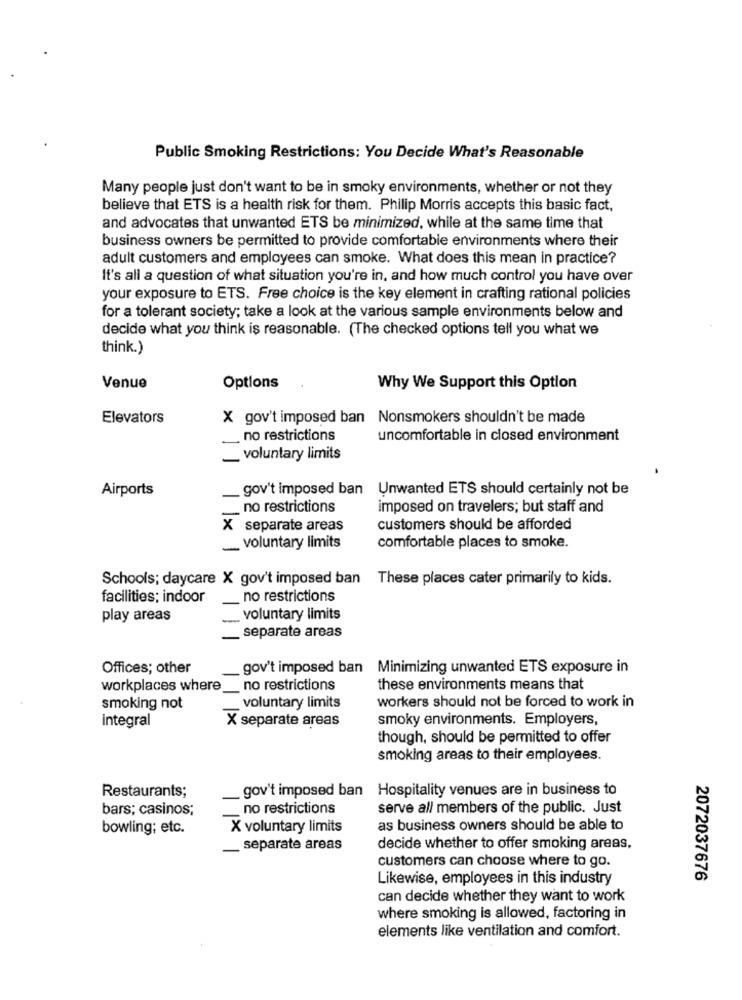
Public Smoking Restrictions: You Decide What's Reasonable
Many people just don't want to be in smoky environments, whether or not they
believe that ETS is a health risk for them. Philip Morris accepts this basic fact,
and advocates that unwanted ETS be minimized, while at the same time that
business owners be permitted to provide comfortable environments where their
adult customers and employees can smoke. What does this mean in practice?
It's all a question of what situation you're in, and how much control you have over
your exposure to ETS. Free choice is the key element in crafting rational policies
for a tolerant society; take a look at the various sample environments below and
decide what you think is reasonable. (The checked options tell you what we
think.)
Venue
Options
Why We Support this Option
Elevators
X gov't imposed ban Nonsmokers shouldn't be made
. no restrictions
uncomfortable in closed environment
_ voluntary limits
Airports
gov't imposed ban Unwanted ETS should certainly not be
no restrictions
imposed on travelers; but staff and
X separate areas
customers should be afforded
- Voluntary limits
comfortable places to smoke.
Schools; daycare X gov't imposed ban These places cater primarily to kids.
facilities; indoor
no restrictions
play areas
voluntary limits
separate areas
Offices; other
gov't imposed ban Minimizing unwanted ETS exposure in
workplaces where
_no restrictions
these environments means that
smoking not
voluntary limits
workers should not be forced to work in
integral
X separate areas
smoky environments. Employers,
though, should be permitted to offer
smoking areas to their employees.
gov't imposed ban Hospitality venues are in business to
Restaurants;
bars; casinos;
no restrictions
serve all members of the public. Just
bowling; etc.
X voluntary limits
as business owners should be able to
__ separate areas
decide whether to offer smoking areas,
customers can choose where to go.
Likewise, employees in this industry
2072037676
can decide whether they want to work
where smoking is allowed, factoring in
elements like ventilation and comfort.